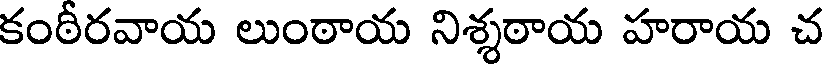
కంఠీరవాయ లుంఠాయ నిశ్శఠాయ హరాయ చ